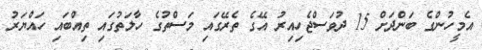
އެމީހުންގެ ބަންދަށް 15 ދުވަސްޖެހިއިރު އޭގެ ތެރޭގައި މަސްތުގެ ހާލަތުގައި ތިއްބައި ހައްޔަރު